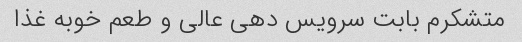
متشکرم بابت سرویس دهی عالی و طعم خوبه غذا